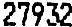
27932